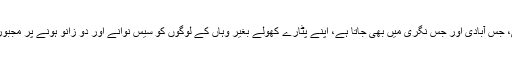
وہ جس بستی، جس آبادی اور جس نگری میں بھی جاتا ہے، اپنے پٹارے کھولے بغیر وہاں کے لوگوں کو سیس نوانے اور دو زانو ہونے پر مجبور کردیتا ہے۔